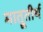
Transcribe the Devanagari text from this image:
मात्रूतीर्थ